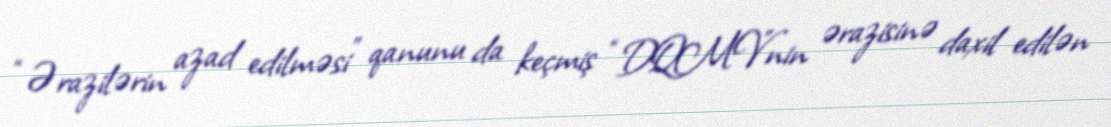
“Ərazilərin azad edilməsi” qanunu da keçmiş “DQMV”nin ərazisinə daxil edilən